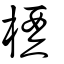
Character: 槱